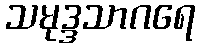
သမုဒ္ဒသာဂရေ